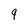
Character: 9